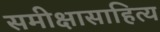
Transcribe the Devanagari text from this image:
समीक्षासाहित्य